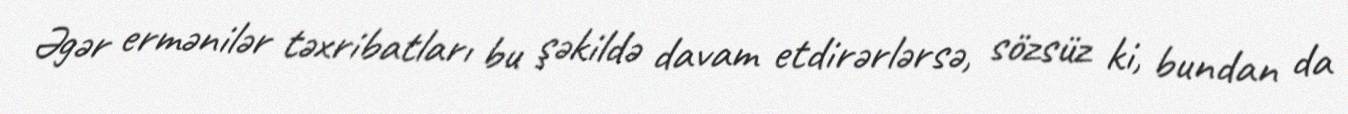
Əgər ermənilər təxribatları bu şəkildə davam etdirərlərsə, sözsüz ki, bundan da